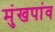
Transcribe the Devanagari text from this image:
मुंखपांव